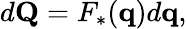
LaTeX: d\mathbf{Q}=F_{*}(\mathbf{q})d\mathbf{q},